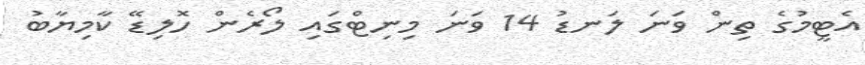
އެޓީމުގެ ތިން ވަނަ ލަނޑު 14 ވަނަ މިނިޓްގައި ލޯރެން ހޮލިޑޭ ކާމިޔާބު